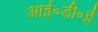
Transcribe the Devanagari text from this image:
आई॰डी॰ई